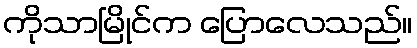
ကိုသာမြိုင်က ပြောလေသည်။